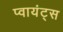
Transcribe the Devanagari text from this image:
प्वायंट्स